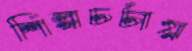
শিল্পচর্চায়